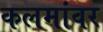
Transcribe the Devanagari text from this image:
कलमांवर